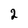
Character: 2